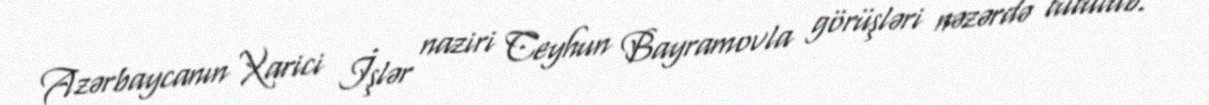
Azərbaycanın Xarici İşlər naziri Ceyhun Bayramovla görüşləri nəzərdə tutulub.